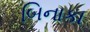
બિનાકા